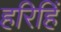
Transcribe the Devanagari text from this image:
हरिहिं